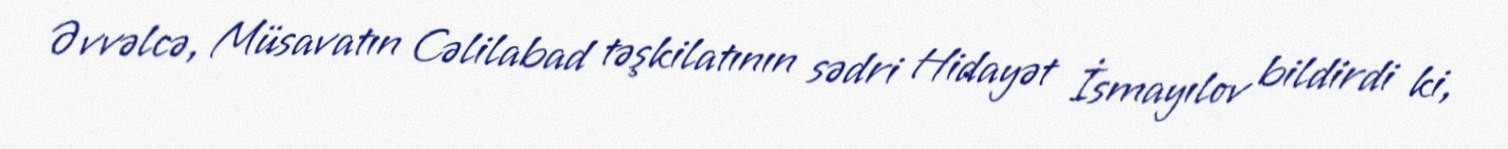
Əvvəlcə, Müsavatın Cəlilabad təşkilatının sədri Hidayət İsmayılov bildirdi ki,